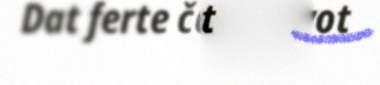
Dat ferte čaahuvvot